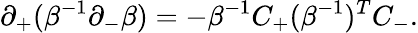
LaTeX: \partial_{+}(\beta^{-1}\partial_{-}\beta)=-\beta^{-1}C_{+}(\beta^{-1})^{T}C_{-}.